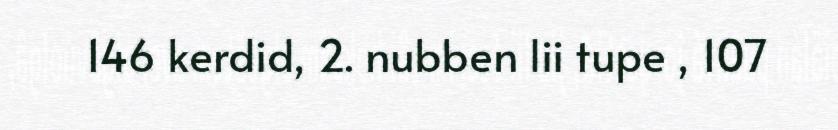
146 kerdid, 2. nubben lii tupe , 107